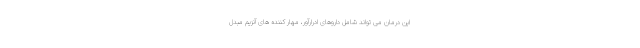
این درمان می تواند شامل داروهای ادرارآور، مهار کننده های آنزیم مبدل